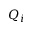
Q _ { i }